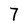
Character: 7